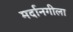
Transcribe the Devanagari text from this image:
मर्दानगीला